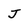
Character: J